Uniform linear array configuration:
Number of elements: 8
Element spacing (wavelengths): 0.25
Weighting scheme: hamming
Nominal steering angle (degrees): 45
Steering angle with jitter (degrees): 46.128
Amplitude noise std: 0.05
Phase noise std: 0.05

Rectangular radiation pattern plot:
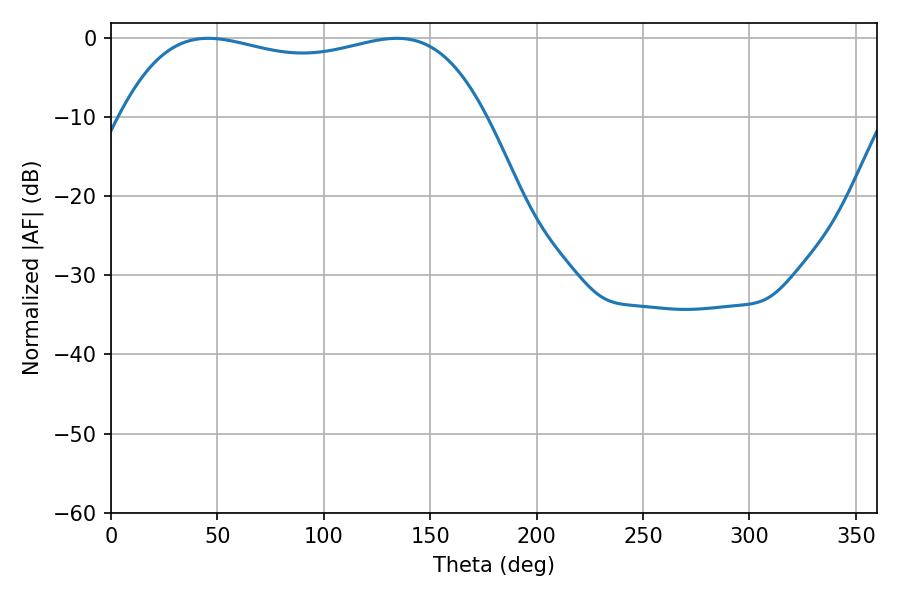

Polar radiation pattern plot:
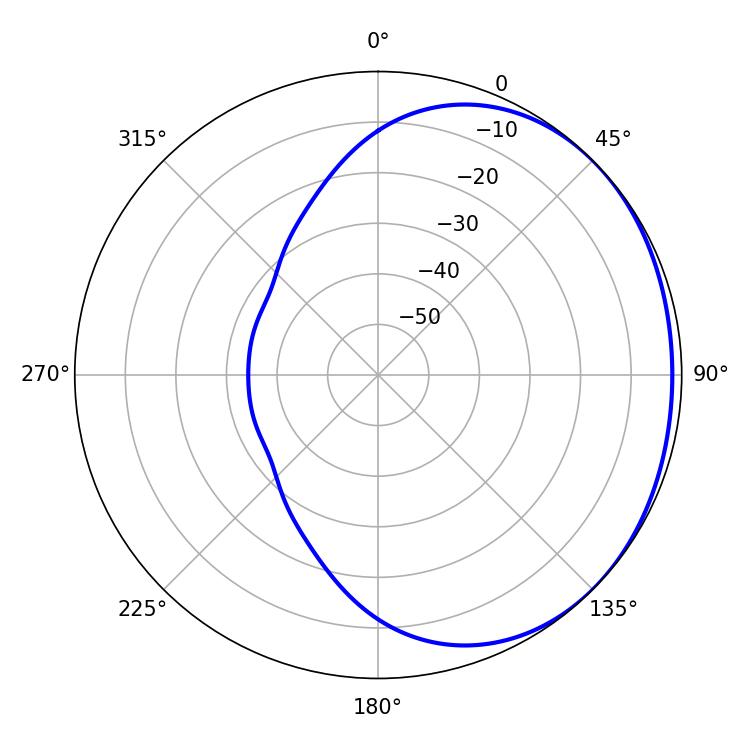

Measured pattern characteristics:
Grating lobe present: FALSE
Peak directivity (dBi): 1.096
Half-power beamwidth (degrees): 138.6
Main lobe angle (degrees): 45.72